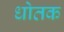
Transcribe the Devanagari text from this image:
धोतक